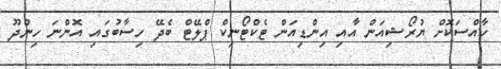
ހާއްސަކޮށް ޔުރޯޝިއަން އާއި އިންޑިއަން ޓެކްޓޯނިކް ޕްލޭޓް ބެދޭ ހިސާބުގައި އޮންނަ ހިންދޫ